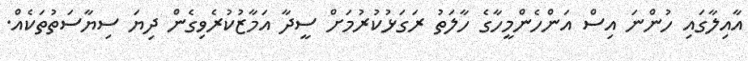
އާއިލާގައި ހުންނަ އިސް އަންހެންމީހާގެ ހާލަތު ރަގަޅުކުރުމަށް ސީދާ އަމާޒުކުރެވިގެން ދިޔަ ސިޔާސަތުތަކެއް.